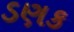
ડણક